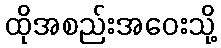
ထိုအစည်းအဝေးသို့